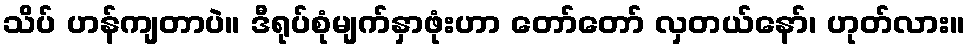
သိပ် ဟန်ကျတာပဲ။ ဒီရုပ်စုံမျက်နှာဖုံးဟာ တော်တော် လှတယ်နော်၊ ဟုတ်လား။